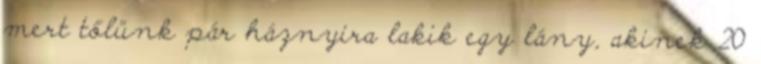
mert tőlünk pár háznyira lakik egy lány, akinek 20